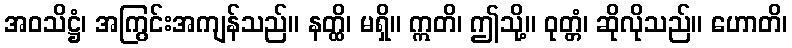
အဝသိဋ္ဌံ၊ အကြွင်းအကျန်သည်။ နတ္ထိ၊ မရှိ။ ဣတိ၊ ဤသို့။ ဝုတ္တံ၊ ဆိုလိုသည်။ ဟောတိ၊